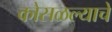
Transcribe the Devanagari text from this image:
कोसळल्याचे